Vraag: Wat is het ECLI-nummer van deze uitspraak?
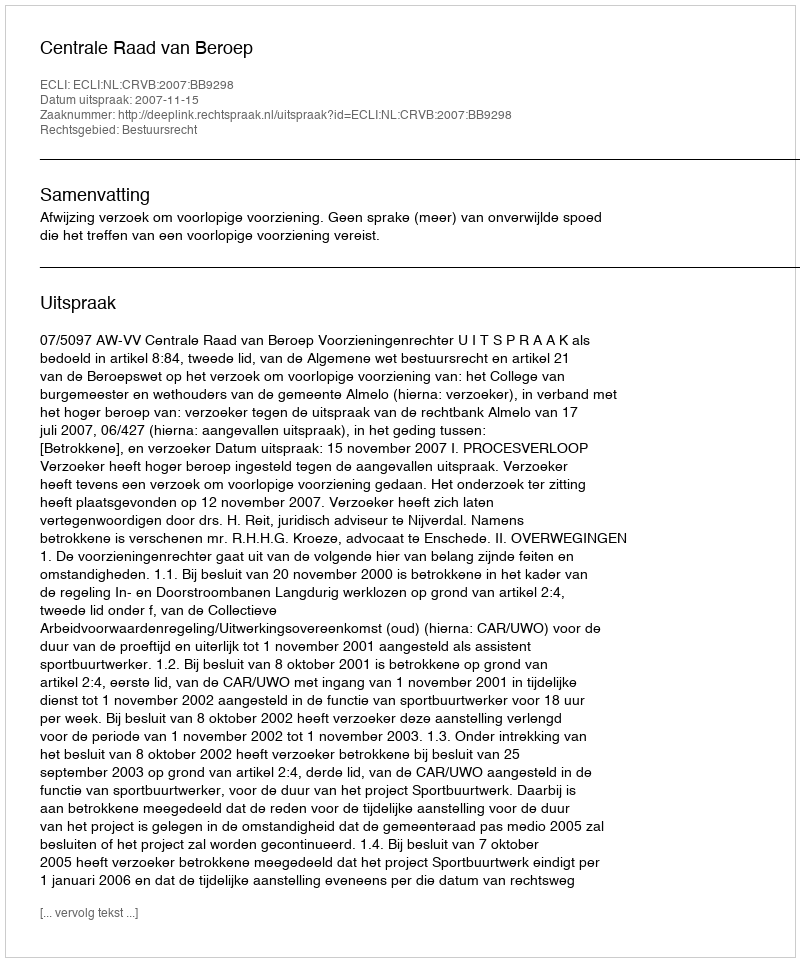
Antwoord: ECLI:NL:CRVB:2007:BB9298